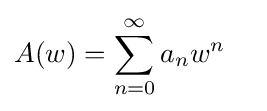
A(w)=\sum _{n=0}^{\infty }a_{n}w^{n}\quad